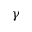
\gamma